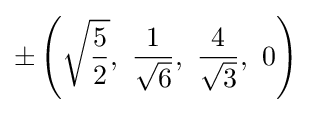
\pm \left({\sqrt {\frac {5}{2}}},\ {\frac {1}{\sqrt {6}}},\ {\frac {4}{\sqrt {3}}},\ 0\right)